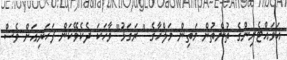
އަވައްޓެރިންގެ ތުންތުން މަތިން މަލްހާގެ " ރަގަޅު" ވާހަކަ ދެކެވޭކަން ފަހަރިއަށް ވެސް